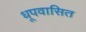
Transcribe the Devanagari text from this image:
धूपवासित